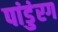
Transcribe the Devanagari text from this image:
पांडुंरग